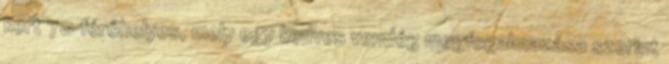
kert 70 férőhelyes, mely egy kedves vendég megfogalmazása szerint